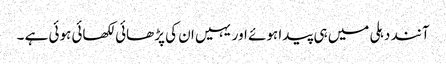
آنند دہلی میں ہی پیدا ہوئے اور یہیں ان کی پڑھائی لکھائی ہوئی ہے ۔